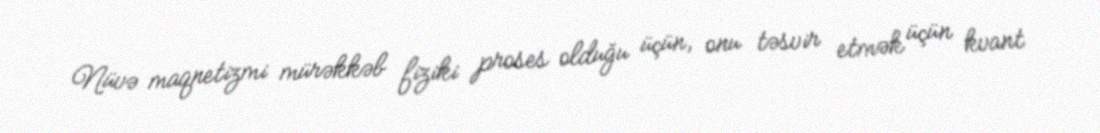
Nüvə maqnetizmi mürəkkəb fiziki proses olduğu üçün, onu təsvir etmək üçün kvant